Civil Veterinary Department Bihar & Orissa reports 1911-21 - 1911-1921
Year: 1911
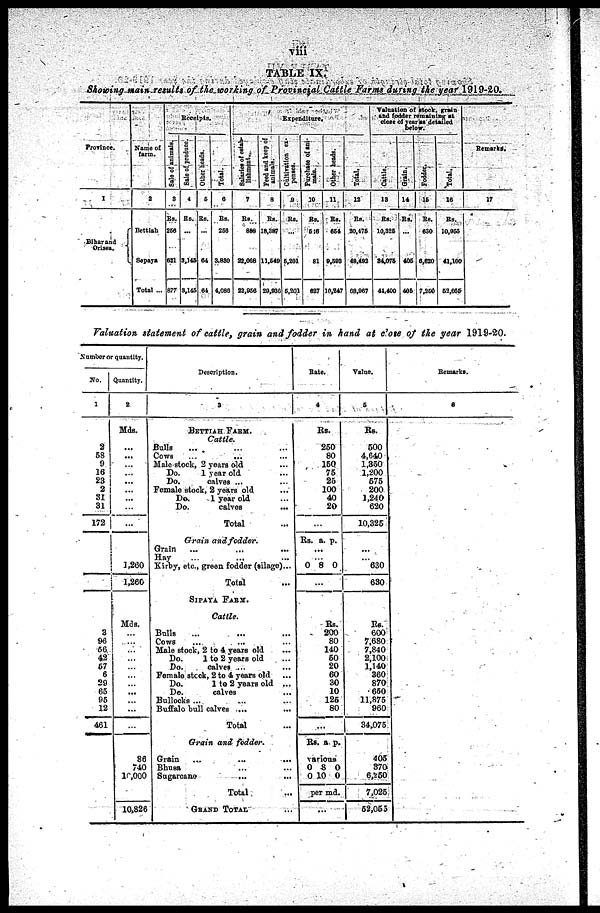
Viii
TABLE IX.
Showing-main results of the working of Provincial Cattle Farms during the year 1919-20.
Province.
1
Bihar and
Orissa.
Name of
farm.
a
Bettiah
Sepaya
Total ...
Receipts.
Sale of animals.
3
Rs.
266
621
877
Sale
of produce.
4
Rs.
...
3,145
3.145
Other heads.
6
Rs.
...
64
64
Total.
6
Rs.
256
3.830
4,088
Expenditure.
Salaries of estab-
lishment..
7
Rs.
888
22,068
22,956
Peed and keep of
animals.
8
Rs.
18.387
11.549
29,930
Cultivation ex-
penses.
a
Rs.
...
5,201
5,201
Purchase of ani-
mals.
10
Rs.
516
81
627
Other heads.
11
Rs.
664
9,693
10,247
Total.
13
Rs.
20,476
48,492
68,967
Valuation of stock, grain
and fodder remaining at
close of Year as detailed
below.
Cattle.
13
Rs.
10,325
84,075
41.400
Grain.
14
Rs.
...
406
406
Fodder.
16
Rs.
630
6,620
7,260
Total.
16
Rs.
10,956
41,100
62.066
Remarks.
17
Valuation statement of cattle, grain and fodder in hand at close of the year 1919-20.
Number or quantity.
No.
1
2
58
9
16
23
2
31
31
172
3
96
66
42
67
6
29
65
95
12
461
Quantity.
2
Mds.
...
...
...
...
...
...
...
...
...
1,260
1,260
Mds.
...
...
...
...
...
...
...
...
...
...
...
86
740
10,000
10,826
Description.
3
BETTIAH
FARM.
Cattle.
Bulls ... ... ...
Cows
...
... ...
Male stock, 2 years old ...
Do.
1 year old ...
Do.
calves ... ...
Female stock, 2 years old ...
Do.
1 year old ...
Do.
calves ...
Total ...
Grain and fodder.
Grain ... ... ...
Hay ... ... ...
Kirby, etc., green fodder (silage)...
Total ...
SIPAYA FARM.
Cattle.
Bulls ... ... ...
Cows ... ... ...
Male stock, 2 to 4 years old ...
Do.
1 to 2 years old ...
Do.
calves ... ...
Female stock, 2 to 4 years old ...
Do.
1 to 2 years old ...
Do.
calves ...
Bullocks ... ... ...
Buffalo bull calves ... ...
Total ...
Grain and fodder.
Grain ... ... ...
Bhusa ... ...
Sugarcane ... ... ...
Total ...
GRAND TOTAL ...
Bate.
4
Rs.
250
80
160
75
25
100
40
20
...
Rs. a. p.
...
...
0 8 0
...
Rs.
200
80
140
60
20
60
30
10
126
80
...
Rs. a p.
various
0 8 0
0 10 0
per md.
...
Value.
6
Rs.
500
4,640
1,350
1,200
675
200
1,240
620
10,325
...
...
630
630
Rs.
600
7,680
7,840
2,100
1,140
360
870
660
11,875
960
34,075
405
370
6,250
7,025
52,055
Remarks.
6